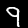
Digit: 9